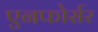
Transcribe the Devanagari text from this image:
एनफोर्सर